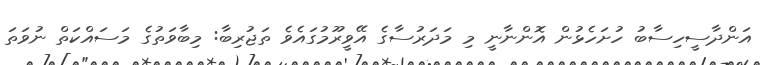
އަންދާސީހިސާބު ހުށަހެޅުން އޮންނާނީ މި މަދަރުސާގެ އޭވީރޫމުގައެވެ ތަޖުރިބާ: މިބާވަތުގެ މަސައްކަތް ނުވަތަ